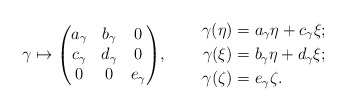
\begin{align*}\gamma(\eta)&=a_\gamma\eta+c_\gamma\xi; \\ \gamma\mapsto\smash{\begin{pmatrix} a_\gamma & b_\gamma & 0 \\ c_\gamma & d_\gamma & 0 \\ 0 & 0 & e_\gamma \end{pmatrix}}, \qquad\, \gamma(\xi)&=b_\gamma\eta+d_\gamma\xi; \\ \gamma(\zeta)&=e_\gamma\zeta. \end{align*}